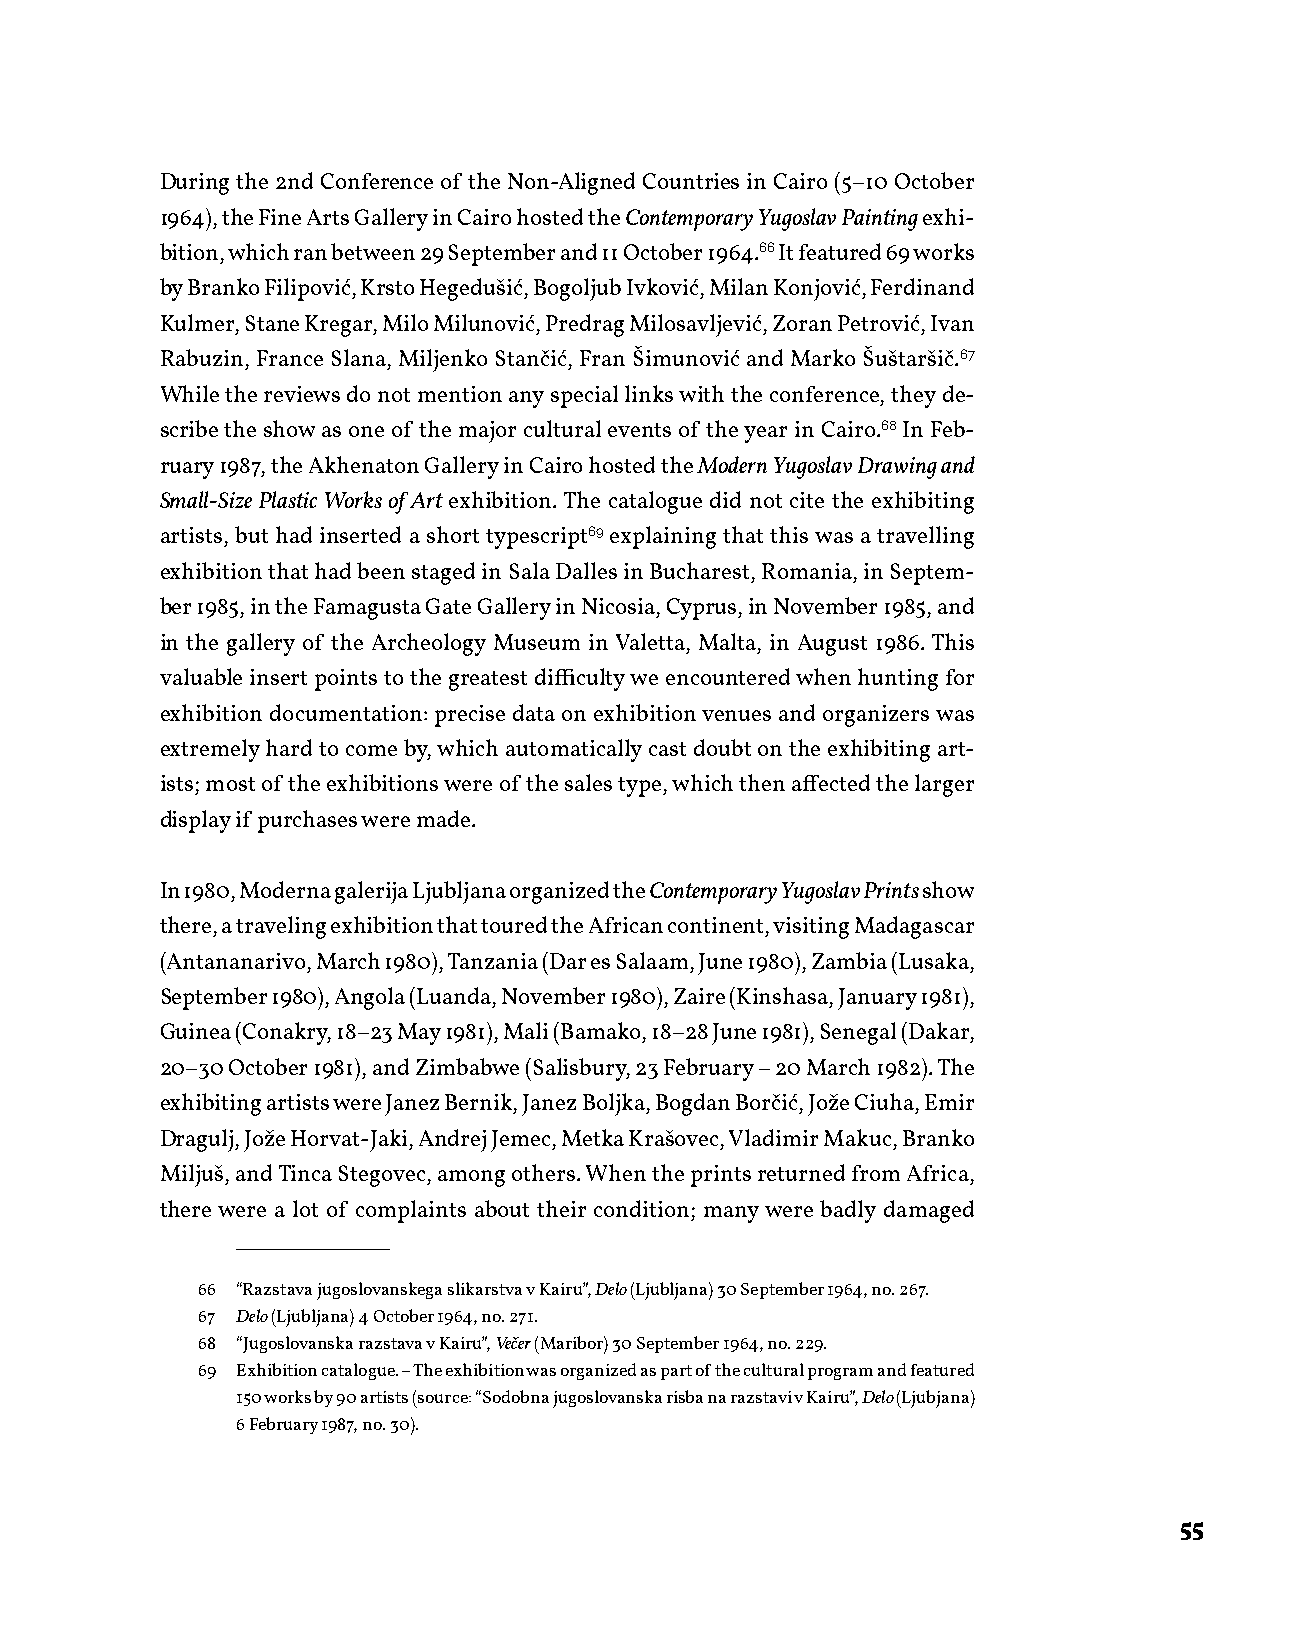
During the 2nd Conference of the Non-Aligned Countries in Cairo (5–10 October
 1964), the Fine Arts Gallery in Cairo hosted the Contemporary Yugoslav Painting exhi-
 bition, which ran between 29 September and 11 October 1964.66 It featured 69 works
 by Branko Filipović, Krsto Hegedušić, Bogoljub Ivković, Milan Konjović, Ferdinand
 Kulmer, Stane Kregar, Milo Milunović, Predrag Milosavljević, Zoran Petrović, Ivan
 Rabuzin, France Slana, Miljenko Stančić, Fran Šimunović and Marko Šuštaršič.67
 While the reviews do not mention any special links with the conference, they de-
 scribe the show as one of the major cultural events of the year in Cairo.68 In Feb-
 ruary 1987, the Akhenaton Gallery in Cairo hosted the Modern Yugoslav Drawing and
 Small-Size Plastic Works of Art exhibition. The catalogue did not cite the exhibiting
 artists, but had inserted a short typescript69 explaining that this was a travelling
 exhibition that had been staged in Sala Dalles in Bucharest, Romania, in Septem-
 ber 1985, in the Famagusta Gate Gallery in Nicosia, Cyprus, in November 1985, and
 in the gallery of the Archeology Museum in Valetta, Malta, in August 1986. This
 valuable insert points to the greatest difficulty we encountered when hunting for
 exhibition documentation: precise data on exhibition venues and organizers was
 extremely hard to come by, which automatically cast doubt on the exhibiting art-
 ists; most of the exhibitions were of the sales type, which then affected the larger
 display if purchases were made.
 In 1980, Moderna galerija Ljubljana organized the Contemporary Yugoslav Prints show
 there, a traveling exhibition that toured the African continent, visiting Madagascar
 (Antananarivo, March 1980), Tanzania (Dar es Salaam, June 1980), Zambia (Lusaka,
 September 1980), Angola (Luanda, November 1980), Zaire (Kinshasa, January 1981),
 Guinea (Conakry, 18–23 May 1981), Mali (Bamako, 18–28 June 1981), Senegal (Dakar,
 20–30 October 1981), and Zimbabwe (Salisbury, 23 February – 20 March 1982). The
 exhibiting artists were Janez Bernik, Janez Boljka, Bogdan Borčić, Jože Ciuha, Emir
 Dragulj, Jože Horvat-Jaki, Andrej Jemec, Metka Krašovec, Vladimir Makuc, Branko
 Miljuš, and Tinca Stegovec, among others. When the prints returned from Africa,
 there were a lot of complaints about their condition; many were badly damaged
 66 “Razstava jugoslovanskega slikarstva v Kairu”, Delo (Ljubljana) 30 September 1964, no. 267.
 67 Delo (Ljubljana) 4 October 1964, no. 271.
 68 “Jugoslovanska razstava v Kairu”, Večer (Maribor) 30 September 1964, no. 229.
 69 Exhibition catalogue. – The exhibition was organized as part of the cultural program and featured
 150 works by 90 artists (source: “Sodobna jugoslovanska risba na razstavi v Kairu”, Delo (Ljubjana)
 6 February 1987, no. 30).
 55